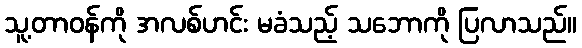
သူ့တာဝန်ကို အလစ်ဟင်း မခံသည့် သဘောကို ပြလာသည်။